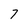
Character: 7